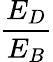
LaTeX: \frac{E_{D}}{E_{B}}